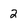
Character: 2